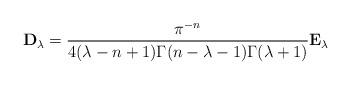
LaTeX: \begin{gather*}{\mathbf D}_\lambda = \frac{\pi^{-n}}{4(\lambda-n+1)\Gamma(n-\lambda-1)\Gamma(\lambda+1)} \mathbf E_\lambda\end{gather*}